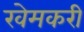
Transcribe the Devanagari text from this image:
खेमकरी